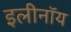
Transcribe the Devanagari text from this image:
इलीनॉय